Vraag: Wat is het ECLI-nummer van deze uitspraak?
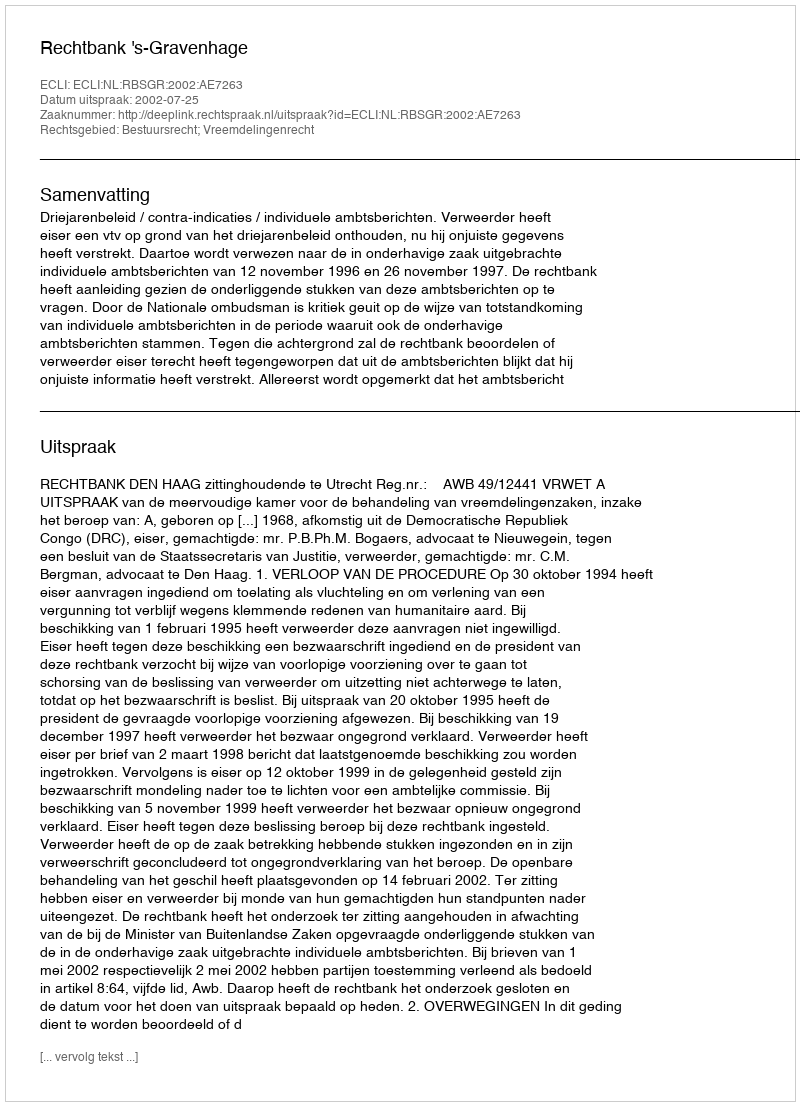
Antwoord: ECLI:NL:RBSGR:2002:AE7263